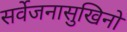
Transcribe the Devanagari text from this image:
सर्वेजनासुखिनो